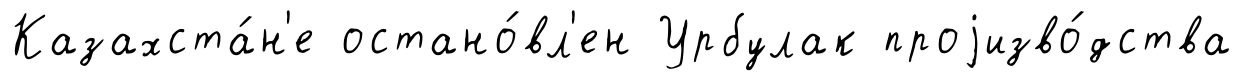
Казахста́н'е остано́вл'ен Урбулак проjизво́дства